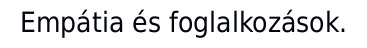
Empátia és foglalkozások.